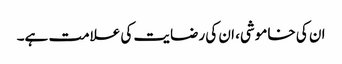
ان کی خاموشی، ان کی رضایت کی علامت ہے۔